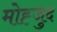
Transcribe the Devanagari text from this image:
मोह्जुद